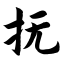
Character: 抚